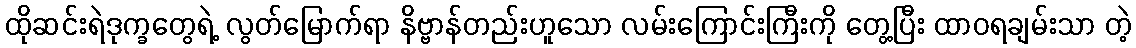
ထိုဆင်းရဲဒုက္ခတွေရဲ့ လွတ်မြောက်ရာ နိဗ္ဗာန်တည်းဟူသော လမ်းကြောင်းကြီးကို တွေ့ပြီး ထာဝရချမ်းသာ တဲ့